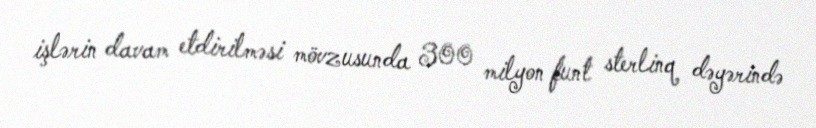
işlərin davam etdirilməsi mövzusunda 300 milyon funt sterlinq dəyərində